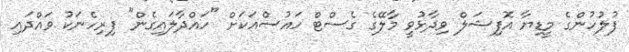
ފުލުހުންގެ މީޑިޔާ އޮފިޝަލް ވިދާޅުވީ މާލޭގެ ގެސްޓް ހައުސްއަކަށް "ހައްދާލައިގެން" ފިރިހެނަކު ވައްދައި